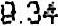
9.34